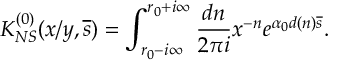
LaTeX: K _ { N S } ^ { ( 0 ) } ( x / y , \overline { { { s } } } ) = \int _ { r _ { 0 } - i \infty } ^ { r _ { 0 } + i \infty } { \frac { d n } { 2 \pi i } } x ^ { - n } e ^ { \alpha _ { 0 } d ( n ) \overline { { { s } } } } .